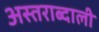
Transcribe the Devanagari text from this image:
अस्तराब्दाली